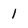
Character: 1